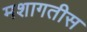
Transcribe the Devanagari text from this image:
मशागतीस